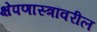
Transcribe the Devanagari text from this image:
क्षेपणास्त्रांवरील